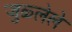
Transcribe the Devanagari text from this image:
जुळ्लेले